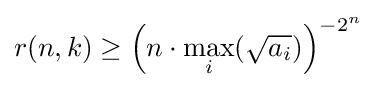
r(n,k)\geq \left(n\cdot \max _{i}({\sqrt {a_{i}}})\right)^{-2^{n}}